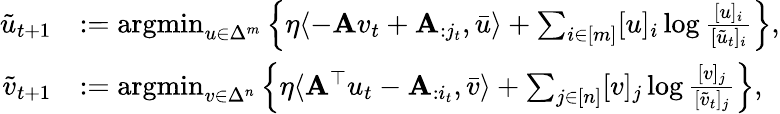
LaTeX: \begin{array}{rl}{\tilde{u}_{t+1}}&{:=\textup{argmin}_{u\in\Delta^{m}}\left\{ \eta\langle-\mathbf{A}v_{t}+\mathbf{A}_{:j_{t}},\bar{u}\rangle+\sum_{i\in[m]}[u]_{i}\log\frac{[u]_{i}}{[\tilde{u}_{t}]_{i}}\right\} ,}\\ {\tilde{v}_{t+1}}&{:=\textup{argmin}_{v\in\Delta^{n}}\left\{ \eta\langle\mathbf{A}^{\top}u_{t}-\mathbf{A}_{:i_{t}},\bar{v}\rangle+\sum_{j\in[n]}[v]_{j}\log\frac{[v]_{j}}{[\tilde{v}_{t}]_{j}}\right\} ,}\end{array}